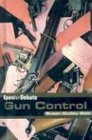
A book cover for Gun Control (Open for Debate); Susan Dudley Gold; Teen & Young Adult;